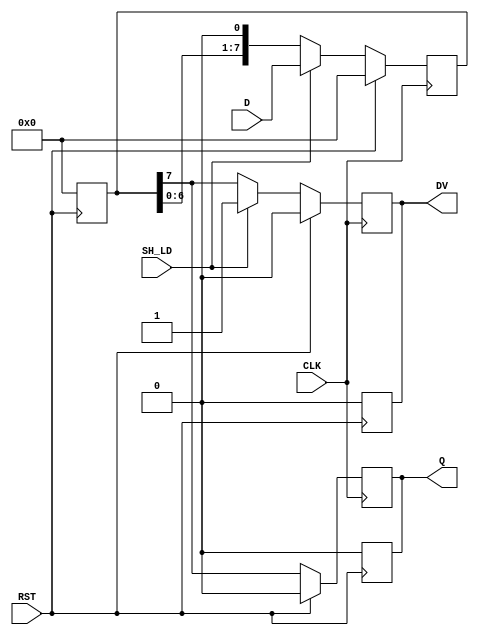
module PISO_Register #(
    parameter N = 8   // Parameter to define the size of the register (8-bit by default)
) (
    input wire [N-1:0] D,   // Parallel data inputs
    input wire SH_LD,       // Shift/Load control signal (1: Load, 0: Shift)
    input wire CLK,         // Clock signal
    input wire RST,         // Asynchronous reset signal
    output reg Q,           // Serial output
    output reg DV           // Data valid output
);

    reg [N-1:0] internal_reg; // Internal register to hold the data

    // Asynchronous reset
    always @(posedge RST) begin
        internal_reg <= 0;
        Q <= 0;
        DV <= 0;
    end

    // Edge-triggered behavior on clock
    always @(posedge CLK) begin
        if (RST) begin
            internal_reg <= 0; // Ensure register is cleared on reset
            Q <= 0;            // Reset Q
            DV <= 0;           // Reset DV
        end else begin
            if (SH_LD) begin
                // Load Mode
                internal_reg <= D; // Load parallel data
                Q <= internal_reg[N-1]; // Output the MSB
                DV <= 1; // Data valid
            end else begin
                // Shift Mode
                Q <= internal_reg[N-1]; // Output the MSB
                internal_reg <= {internal_reg[N-2:0], 1'b0}; // Shift right
                DV <= (internal_reg[N-1] != 0); // Assert DV while data remains
            end
        end
    end

endmodule